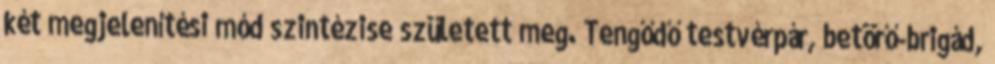
két megjelenítési mód szintézise született meg. Tengődő testvérpár, betörő-brigád,